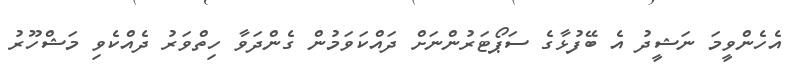
އެހެންވީމަ ނަޝީދު އެ ބޭފުޅާގެ ސަޕޯޓަރުންނަށް ދައްކަވަމުން ގެންދަވާ ހިތްވަރު ދެއްކެވި މަޝްހޫރު